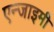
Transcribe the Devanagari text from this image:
एन्जाइमी